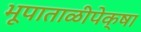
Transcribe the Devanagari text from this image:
भूपाताळीपेक्षा